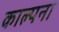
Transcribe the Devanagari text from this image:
काल्पना